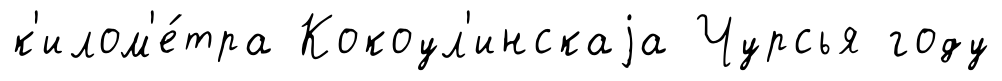
к'илом'е́тра Кокоул'инскаjа Чурсья году